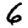
Digit: 6